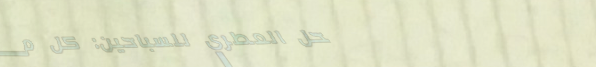
محل العطري للسباحين: كل م